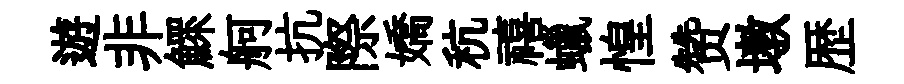
遊非鰥舸抗際嬌秔禧蠟惶赞墩歴